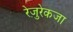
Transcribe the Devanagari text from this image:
रेज़ुरेकजा